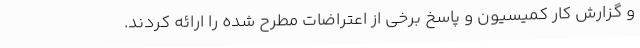
و گزارش کار کمیسیون و پاسخ برخی از اعتراضات مطرح شده را ارائه کردند.